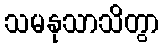
သမနုသာသိတွာ